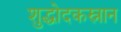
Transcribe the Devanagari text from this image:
शुद्धोदकस्नान